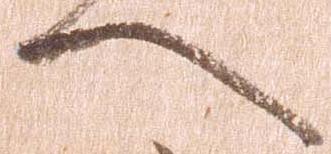
へ